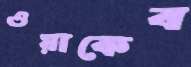
ওয়াকেব